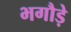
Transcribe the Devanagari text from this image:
भगौड़े